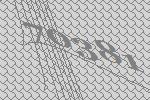
70381